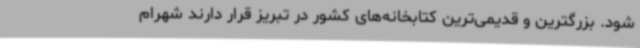
شود. بزرگترین و قدیمی‌ترین کتابخانه‌های کشور در تبریز قرار دارند شهرام